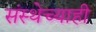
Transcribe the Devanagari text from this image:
संस्थेच्याही